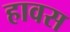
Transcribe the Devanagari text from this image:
हावस